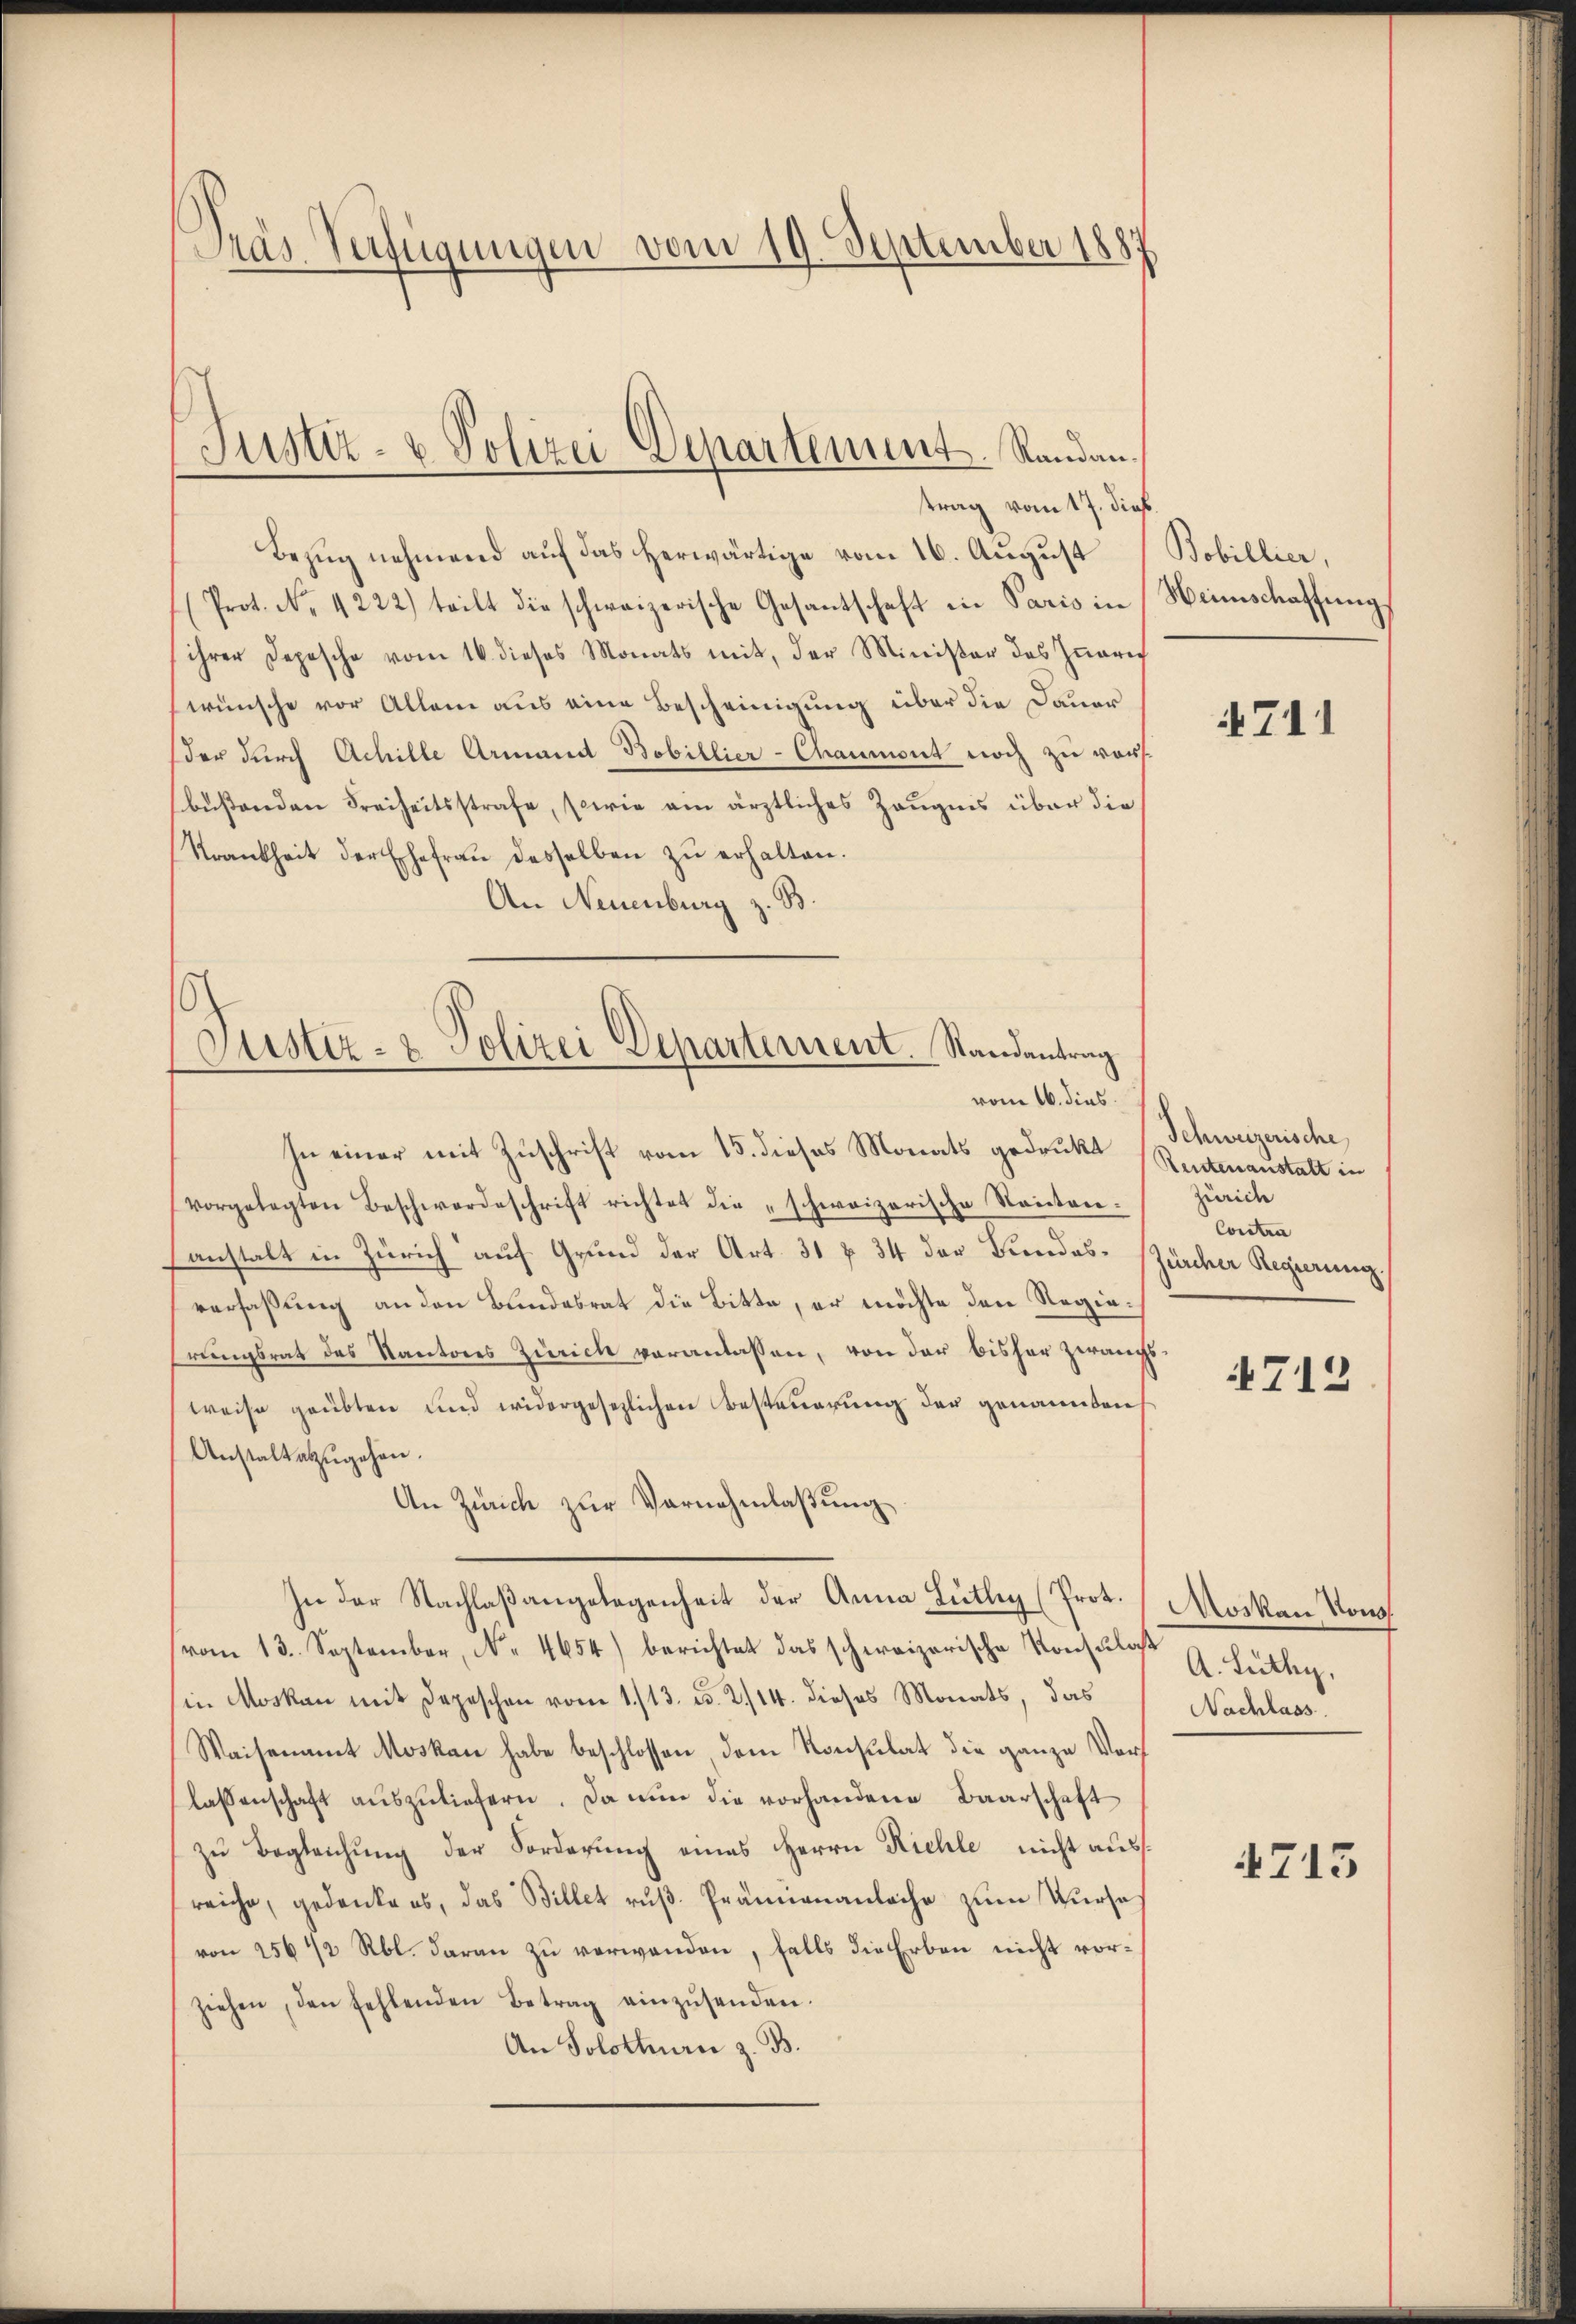
Pras Verfügungen vom 19. September 1887

Justiz- & Polizei Departement. Randantrag vom 17. dieß.

Bezug nehmend auf das herwärtige vom 16. August
(Prot. No. 4222) teilt die schweizerische Gesantschaft in Paris in Weinschaffung
ihrer Depesche vom 16. dieses Monats mit, der Minister des Zuaris
wünsche vor Allem aus eine Bescheinigung über die Dauer
der durch Achille Armand Bobillier-Chaumont noch zu vor
büßenden Freiheitsstrafe, sowie ein ärztliches Zeugnis über die
Krankheit der Ehefrau desselben zu erhalten.
An Neuenburg z. B.

In einer mit Zuschrift vom 15. dieses Monats gedrukt
vorgelegten Beschwerdeschrift richtet die „schweizerische Renten.
anstalt in Zürich auf Grund der Art. 31 § 34 der Bundes- zürcher Regierung,
verfaßung an den Bundesrat die Bitte, er möchte den Regiehrungsrat des Kantons Zürich veranlassen, von der bisher zwangsweise gaubten und widergesezlichen Besteuerung der genannten
Anstalt abzŭgehen.
An Zürich zur Vernehmlassung
In der Nachlaßangelegenheit der Anna Lüthig (Prot.
vom 13. September, No. 4654) berichtet das schweizerische Konsula
in Moskau mit Depeschen vom 1./13. d. 2./14. dieses Monats, das
Waisenamt Moskau habe beschlossen dem Konsulat die ganze Vorlassenschaft auszuliefern. Da nun die vorhandene Baarschaft
zŭ Begleichung der Forderung eines Herrn Riehle nicht ausreiche, gedanke es, das Billet ruß. Prämienanlache zum Kursavon 256 1/2 Rbl. daran zu verwenden, falls die Erben nicht vorziehen, den fehlenden Betrag einzŭsenden.
An Solothurn z. B.

(Justiz- & Polizei Departement. Randantrag
vom 16. dies

Bobillier,

711

Schweizerische
Reutenanstalt in
Züric
Contra

4712

Moskau Kons
A. Lüthy,
Nachlass.

4715